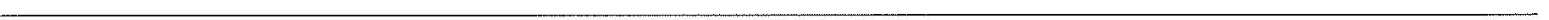
___